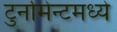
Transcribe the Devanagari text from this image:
टुर्नामेन्टमध्ये